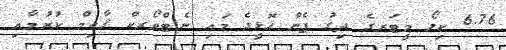
6.76 ކިލޯ މީޓަރގެ ދިގު ފެން ހޮޅީގެ މައި ނެޓްވޯރކް ޤާއިމް ކުރުމާއި